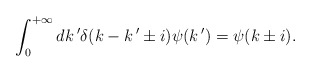
\begin{align*}\int_0^{+\infty} dk\,'\delta(k-k\,'\pm i)\psi (k\,')=\psi (k\pm i).\end{align*}